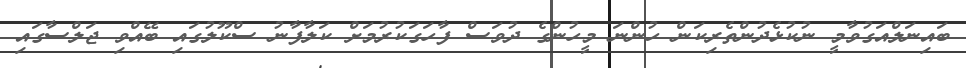
ބައިނަލްއަގުވާމީ ނުކުޅެދުންތެރިކަން ހުންނަ މީހުންގެ ދުވަސް ފާހަގަކުރުމަށް ކަލާފާނު ސްކޫލުގައި ބޭއްވި ޖަލްސާގައި